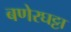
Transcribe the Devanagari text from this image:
बणेरघट्टा